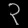
Digit: ၃